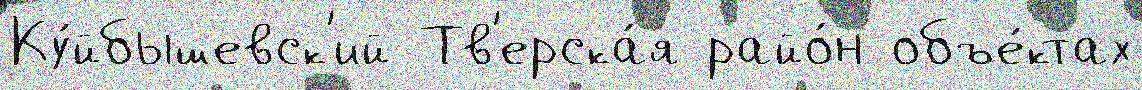
Ку́йбышевск'ий Тв'ерска́я райо́н объе́ктах